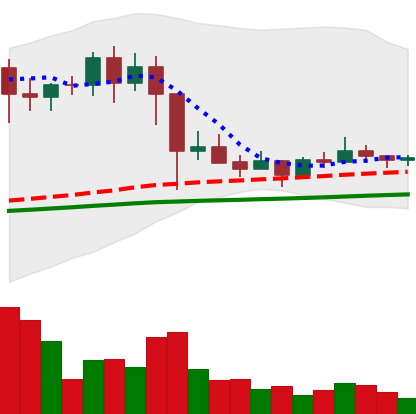
Ticker: EOS-USD
Chart end date: 2021-03-06
Forward return: 6.116%
Label: up_5_7